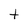
Character: t